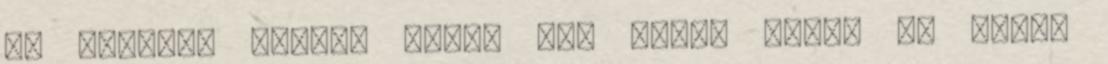
és Életerő nélkül semmi sem jöhet létre és semmi